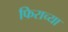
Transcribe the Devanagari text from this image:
फिराच्या